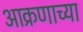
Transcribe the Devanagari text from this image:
आक्रणाच्या